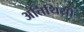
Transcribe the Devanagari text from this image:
अतिथियॊं